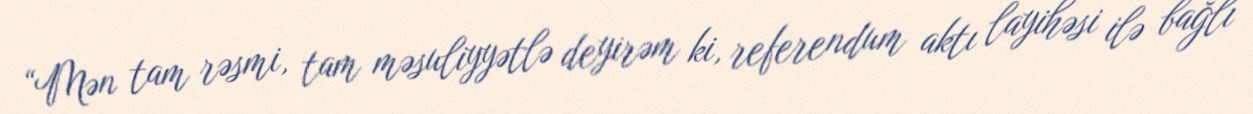
“Mən tam rəsmi, tam məsuliyyətlə deyirəm ki, referendum aktı layihəsi ilə bağlı